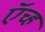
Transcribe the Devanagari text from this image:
ऍच्ह